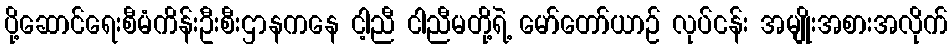
ပို့ဆောင်ရေးစီမံကိန်းဦးစီးဌာနကနေ ငါ့ညီ ငါညီမတို့ရဲ့ မော်တော်ယာဉ် လုပ်ငန်း အမျိုးအစားအလိုက်